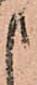
申